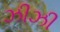
ઝીઝી